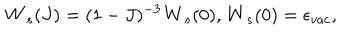
LaTeX: { \bf W } _ { s } ( J ) = ( 1 - J ) ^ { - 3 } { \bf W } _ { s } ( 0 ) , { \bf W } _ { s } ( 0 ) = \epsilon _ { v a c } ,